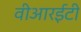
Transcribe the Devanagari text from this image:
वीआरईटी